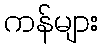
ကန်များ